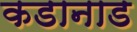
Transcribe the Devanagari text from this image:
कडानाड